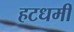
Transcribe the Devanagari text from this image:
हटधमीं